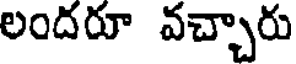
లందరూ వచ్చారు